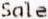
SALE